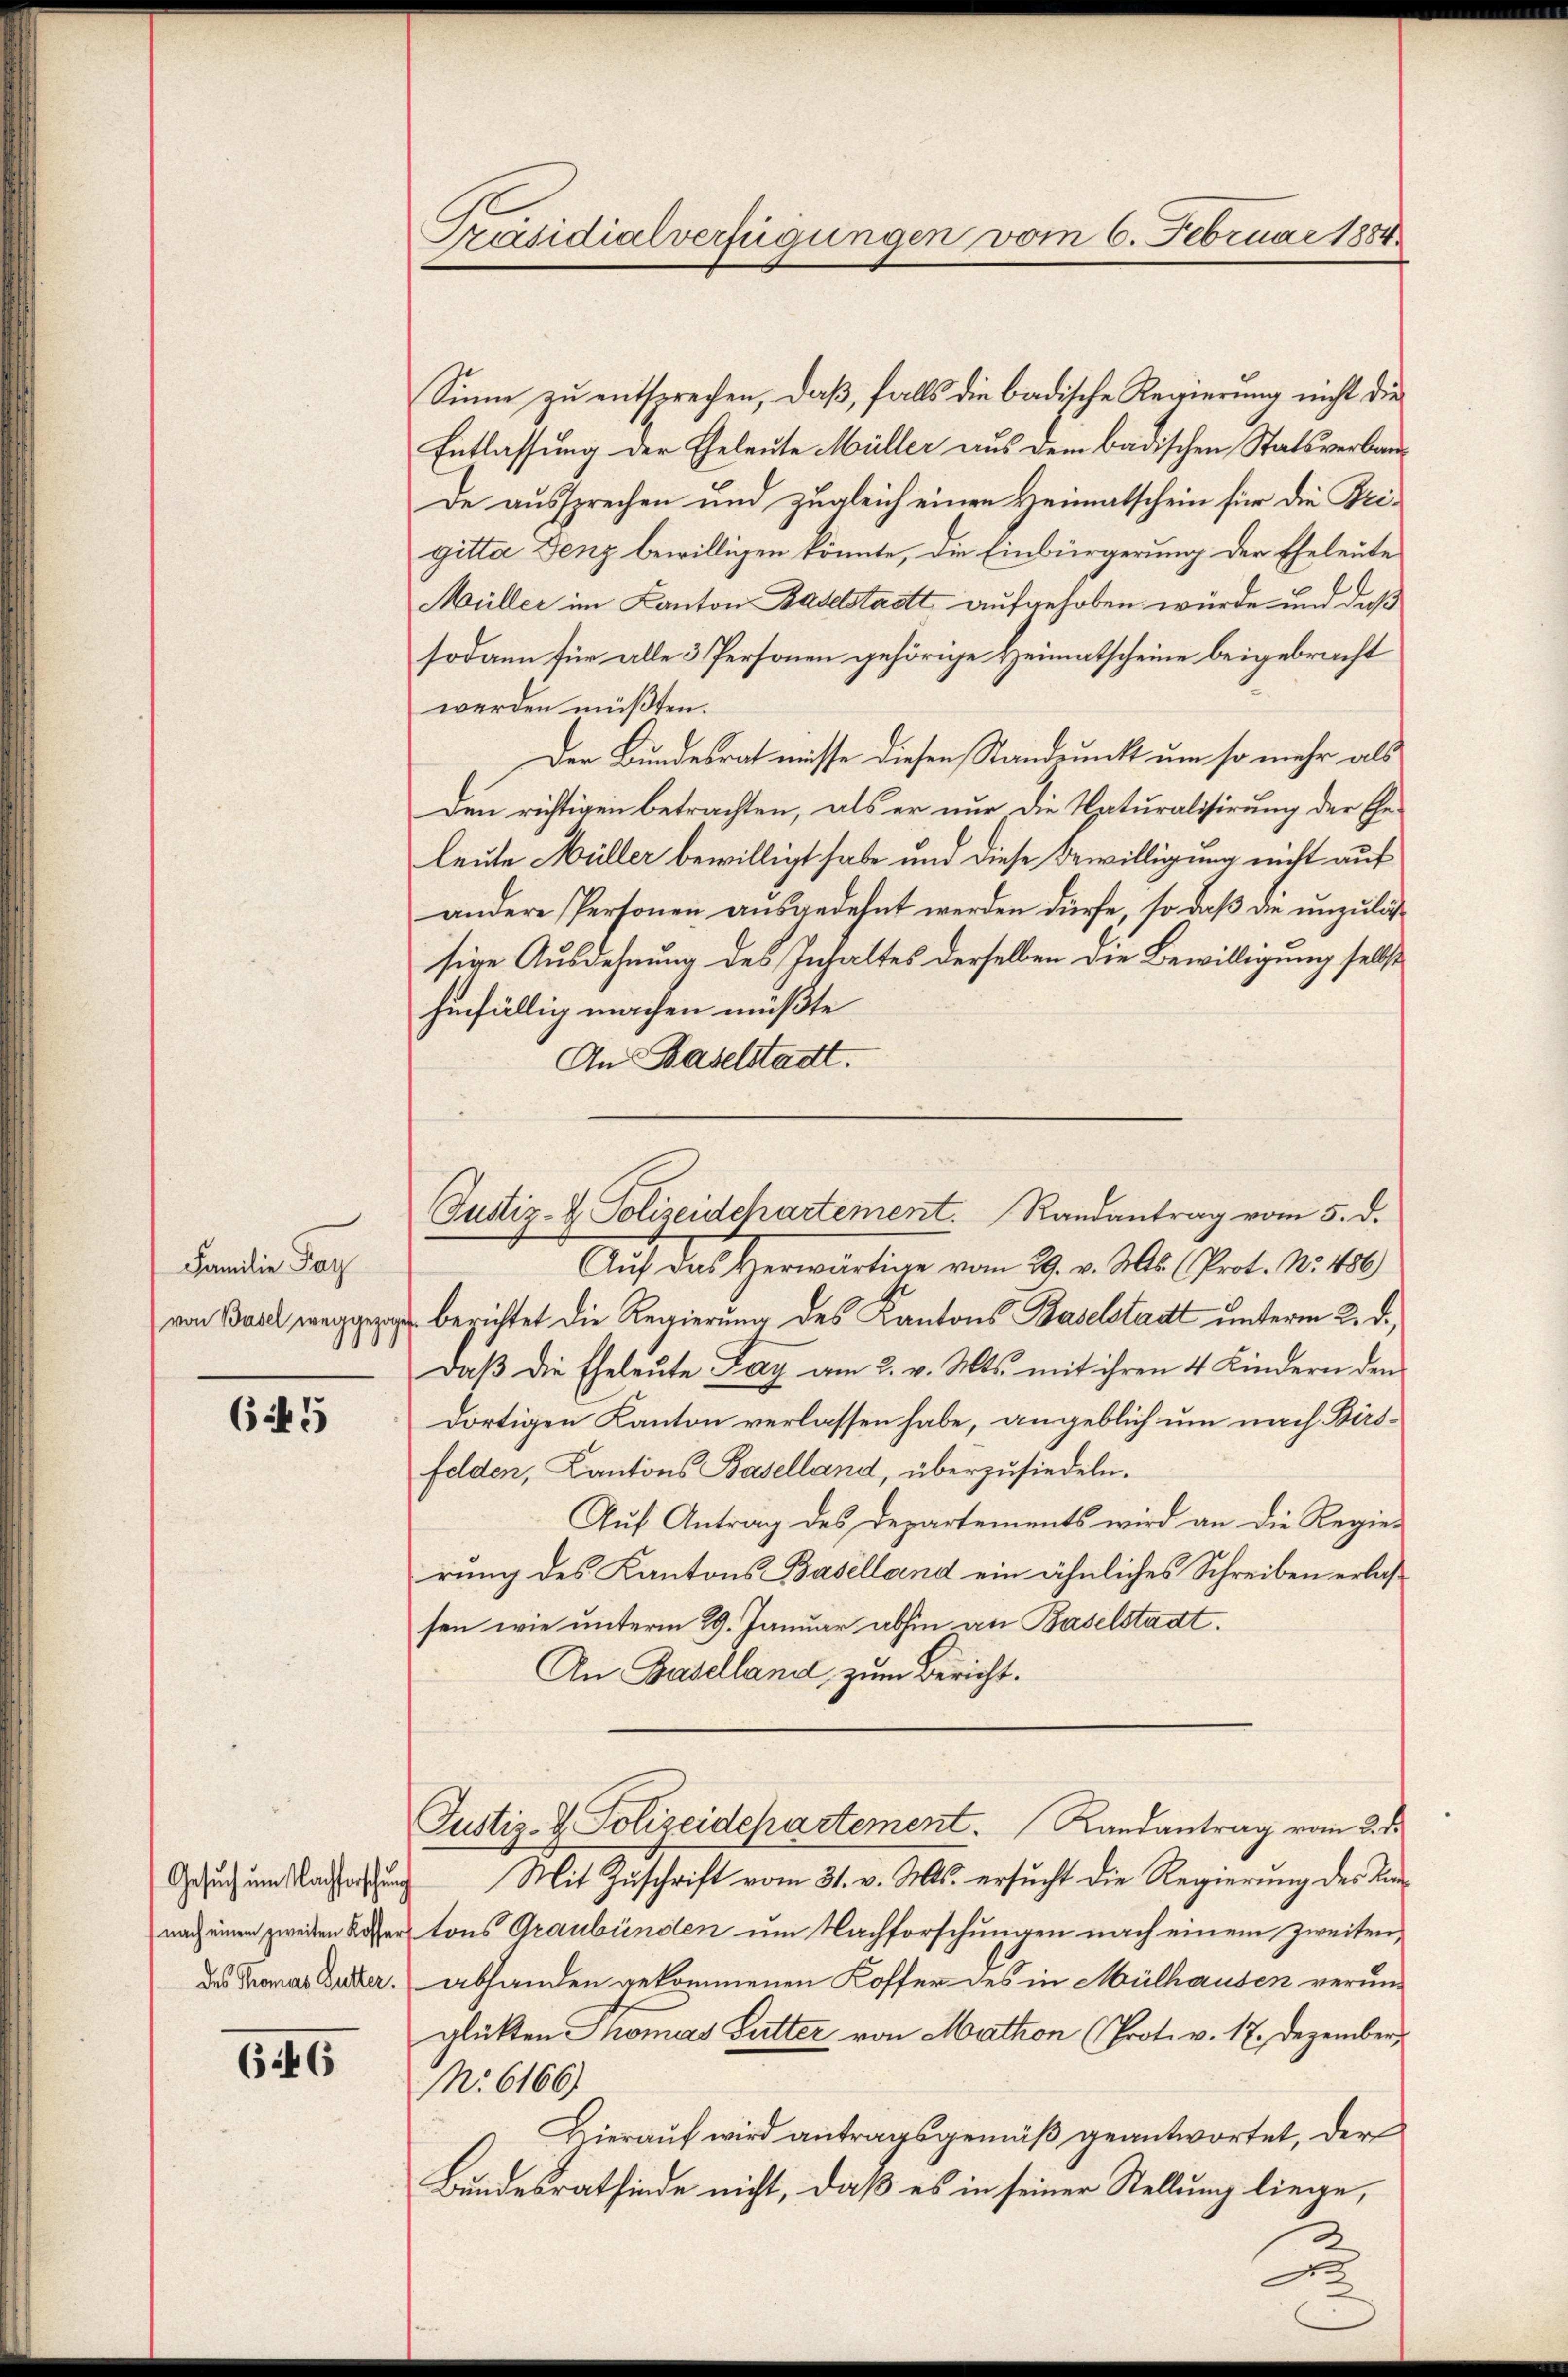
Familie Par
1

65

Gesuch um Nachforschung
nach einem zweiten Kosser

646

Präsidialverfügungen vom 6. Februar 1884

Sinne zu entsprechen, daß, falls die badische Regierung nicht die
Entlassung der Eheleute Müller aus dem badischen Statsverbaude aussprechen und zugleich einen Heimatschein für die Beigitta Denz bewilligen könnte, die Einbürgerung der Eheleute
Müller im Kanton Baselstadtt aufgehoben würde und daß
sodann für alle 3 Personen gehörige Heimatscheine beigebracht
werden müßten.
Der Bundesrath müsse diesen Standpunkt um so mehr als
Den richtigen betrachten, als er nur die Naturalisirung der Geleute Müller bewilligt habe und diese Bewilligung nicht auf
andere Personen ausgedehnt werden dürfe, so daß die unzulässige Ausdehnung des Inhaltes derselben die Bewilligung selbst
hinfällig machen müßte
An Baselstadt.

Justiz- & Polizeidepartement. Randantrag vom 5. d.

Auf das Herwärtige vom 29. v. Mts. (Prot. N. 180
von Berichtet die Regierung des Kantons Baselstadt unterm 2. d.
Daβ die Eheleute Lag am 2. v. Mts. mit ihren 4 Kindern den
dortigen Kanton verlassen habe, angeblich um nach Birsfelden, Kantons Baselland, überzusiedeln.
Auf Antrag des Departements wird an die Regie-
rung des Kantons Baselland ein ähnliches Schreiben erlassen wie unterm 29. Januar abhin an Baselstadt.
An Baselland, zum Bericht.
Justiz- & Polizeidepartement. Landantrag vom 2. d.
Mit Zuschrift vom 31. v. Mts. ersucht die Regierung des Kantons Graubünden um Nachforschungen nach einem zweiten,
Das Thomas Butter. Abhanden gekommenen Koffer des in Mülhausen verunglükten Thomas Futter von Mathion (Prot. v. 17. Dezember
N: 6166)
Hierauf wird antragsgemäß geantwortet, der
Bundesratfinde nicht, daß es in seiner Stellung liege,